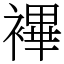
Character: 襅